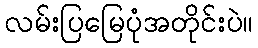
လမ်းပြမြေပုံအတိုင်းပဲ။